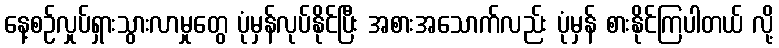
နေ့စဉ်လှုပ်ရှားသွားလာမှုတွေ ပုံမှန်လုပ်နိုင်ပြီး အစားအသောက်လည်း ပုံမှန် စားနိုင်ကြပါတယ် လို့